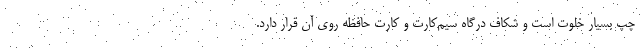
چپ بسیار خلوت است و شکاف درگاه سیم‌کارت و کارت حافظه روی آن قرار دارد.